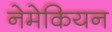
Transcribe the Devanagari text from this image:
नेमेकियन